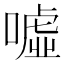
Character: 噓